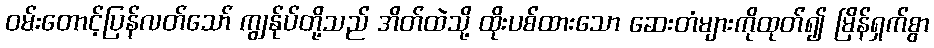
ဝမ်းတောင့်ပြန်လတ်သော် ကျွန်ုပ်တို့သည် အိတ်ထဲသို့ ထိုးပစ်ထားသော ဆေးတံများကိုထုတ်၍ မြိန်ရှက်စွာ